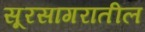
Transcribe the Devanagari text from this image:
सूरसागरातील